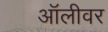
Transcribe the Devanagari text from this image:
ऑलीवर